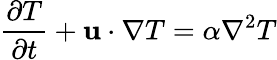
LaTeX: \frac{\partial T}{\partial t}+\mathbf{u}\cdot\nabla T=\alpha\nabla^{2}T